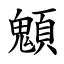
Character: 䫥